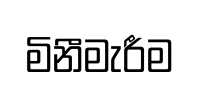
මිනීමැරීම